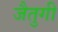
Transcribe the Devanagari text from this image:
जैतुगी